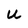
Character: U